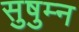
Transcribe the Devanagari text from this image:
सुषुम्न